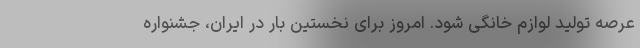
عرصه تولید لوازم خانگی شود. امروز برای نخستین بار در ایران، جشنواره